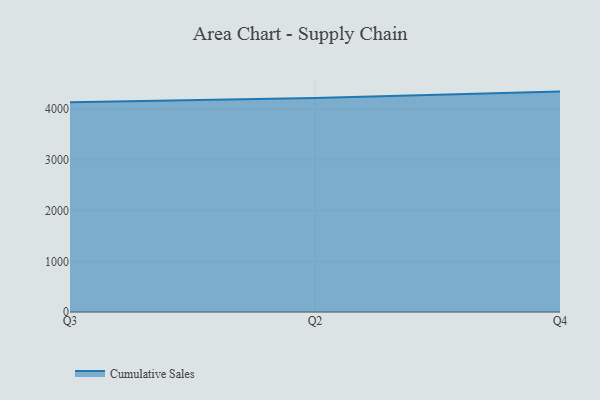
{"axis": {"x": "Quarter", "y": "Churn Rate (%)"}, "legend": ["Cumulative Sales"], "data": [{"x": "Q3", "y": 4140.2, "type": "Cumulative Sales"}, {"x": "Q2", "y": 4220.1, "type": "Cumulative Sales"}, {"x": "Q4", "y": 4348.6, "type": "Cumulative Sales"}]}